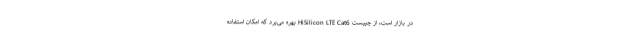
در بازار است، از چیپست HiSilicon LTE Cat6 بهره می‌برد که امکان استفاده